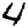
Digit: 4